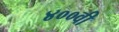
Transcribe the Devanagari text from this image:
४००वी